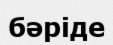
бәріде